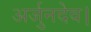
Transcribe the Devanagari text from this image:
अर्जुनदेव।